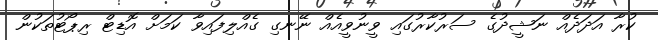
ކުރާ އަދަދެއް ނަޝީދުގެ ސަރުކާރުގައި ވީނުވީއެއް ނޭނގި ގެއްލިފައިވާ ކަމަށް އޮޑިޓް ރިޕޯޓުތަކުން